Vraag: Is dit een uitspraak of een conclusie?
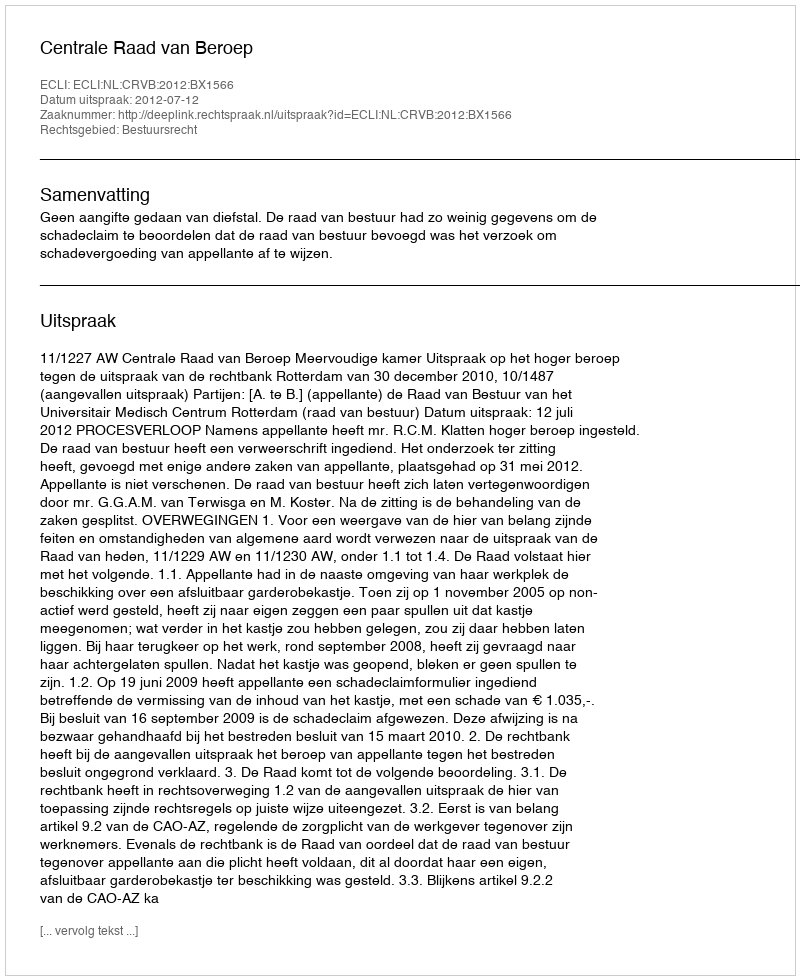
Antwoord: Uitspraak